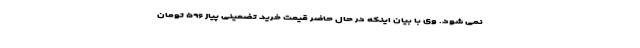
نمی شود. وی با بیان اینکه در حال حاضر قیمت خرید تضمینی پیاز ۵۹۶ تومان